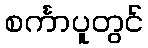
စင်္ကာပူတွင်